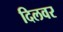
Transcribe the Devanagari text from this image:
दिलवर